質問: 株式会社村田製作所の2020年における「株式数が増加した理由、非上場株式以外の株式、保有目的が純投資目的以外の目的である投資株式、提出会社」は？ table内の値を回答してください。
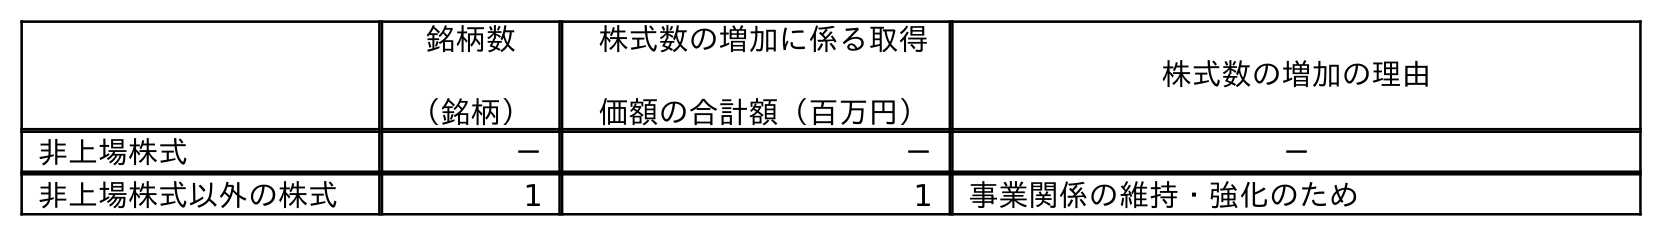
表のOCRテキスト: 銘柄数 （銘柄） 株式数の増加に係る取得 価額の合計額（百万円） 株式数の増加の理由 非上場株式 － － － 非上場株式以外の株式 1 1 事業関係の維持・強化のため
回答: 事業関係の維持・強化のため